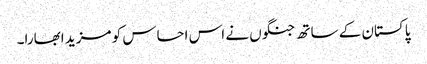
پاکستان کے ساتھ جنگوں نے اس احساس کو مزید ابھارا۔